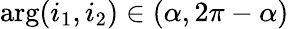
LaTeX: \arg(i_{1},i_{2})\in(\alpha,2\pi-\alpha)